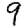
Digit: 9